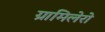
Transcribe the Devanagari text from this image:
ग्रामिलेरो